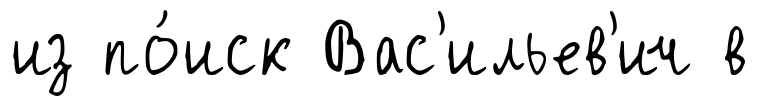
из по́иск Вас'ильев'ич в